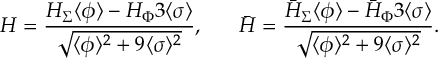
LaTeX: H = { \frac { H _ { \Sigma } \langle \phi \rangle - H _ { \Phi } 3 \langle \sigma \rangle } { \sqrt { \langle \phi \rangle ^ { 2 } + 9 \langle \sigma \rangle ^ { 2 } } } } , ~ ~ ~ ~ ~ \bar { H } = { \frac { \bar { H } _ { \Sigma } \langle \phi \rangle - \bar { H } _ { \Phi } 3 \langle \sigma \rangle } { \sqrt { \langle \phi \rangle ^ { 2 } + 9 \langle \sigma \rangle ^ { 2 } } } } .